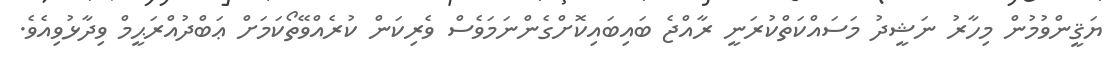
ޔަޤީންވުމުން މިހާރު ނަޝީދު މަސައްކަތްކުރަނީ ރާއްޖެ ބައިބައިކޮށްގެންނަމަވެސް ވެރިކަން ކުރެއްވޭތޯކަމަށް ޢަބްދުއްރަޙީމް ވިދާޅުވިއެވެ.